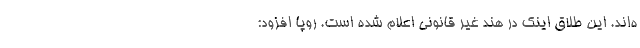
ه‌اند. این طلاق اینک در هند غیر قانونی اعلام شده است. روپا افزود: